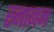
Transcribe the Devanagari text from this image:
स्नानम